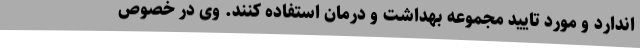
اندارد و مورد تایید مجموعه بهداشت و درمان استفاده کنند. وی در خصوص